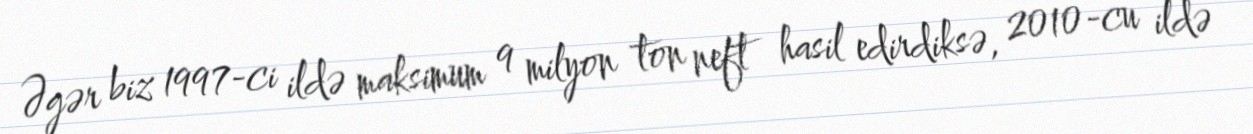
Əgər biz 1997-ci ildə maksimum 9 milyon ton neft hasil edirdiksə, 2010-cu ildə